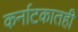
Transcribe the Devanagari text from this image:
कर्नाटकातही